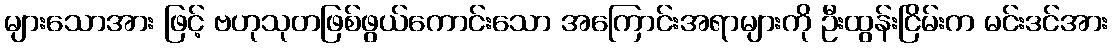
များသောအား ဖြင့် ဗဟုသုတဖြစ်ဖွယ်ကောင်းသော အကြောင်းအရာများကို ဦးထွန်းငြိမ်းက မင်းဒင်အား